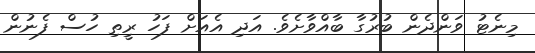
މިނެޓު ވަންދެން ބުރުގާ ބާއްވާށެވެ. އަދި އެއަށް ފަހު ރީތި ހުސް ފެނުން